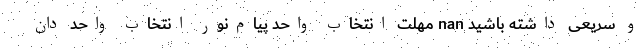
و سریعی داشته باشید nan مهلت انتخاب واحد پیام‌نور انتخاب واحد دان